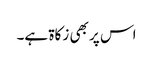
اس پر بھی زکاۃ ہے۔